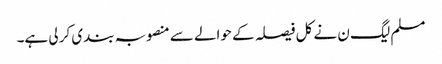
مسلم لیگ ن نے کل فیصلہ کے حوالے سے منصوبہ بندی کر لی ہے۔